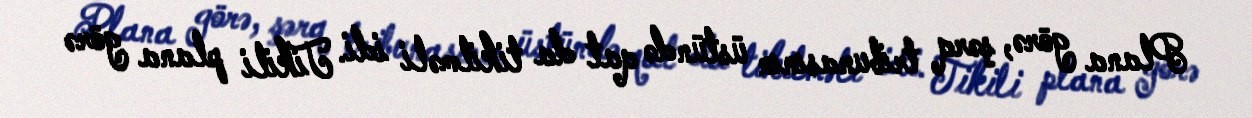
Plana görə, şərq tribunasının üstündə qat da tikilməli idi. Tikili plana görə